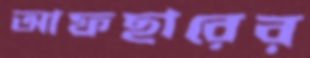
আফছারের